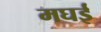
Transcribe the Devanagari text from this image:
मघई